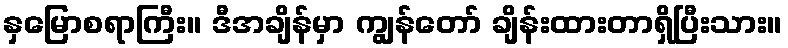
နှမြောစရာကြီး။ ဒီအချိန်မှာ ကျွန်တော် ချိန်းထားတာရှိပြီးသား။